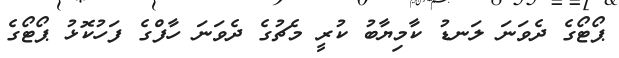
ޕޯޓޯގެ ދެވަނަ ލަނޑު ކާމިޔާބު ކުރީ މެޗުގެ ދެވަނަ ހާފްގެ ފަހުކޮޅު ޕޯޓޯގެ